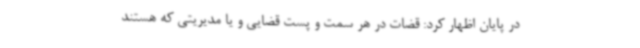
در پایان اظهار کرد: قضات در هر سمت و پست قضایی و یا مدیریتی که هستند